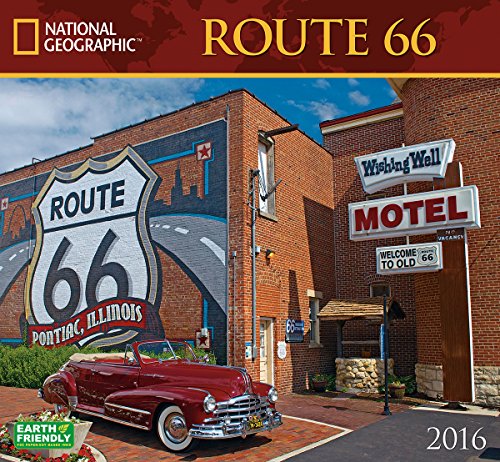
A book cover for Route 66 National Geographic 2016 Wall Calendar; National Geographic Society; Travel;